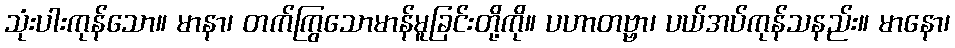
သုံးပါးကုန်သော။ မာနာ၊ တက်ကြွသောမာန်မူခြင်းတို့ကို။ ပဟာတဗ္ဗာ၊ ပယ်အပ်ကုန်သနည်း။ မာနော၊